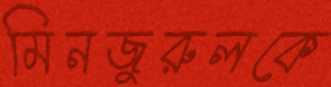
মিনজুরুলকে